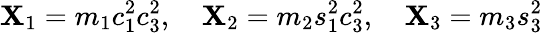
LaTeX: \mathbf{X}_{1}=m_{1}c_{1}^{2}c_{3}^{2},\quad\mathbf{X}_{2}=m_{2}s_{1}^{2}c_{3}^{2},\quad\mathbf{X}_{3}=m_{3}s_{3}^{2}